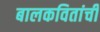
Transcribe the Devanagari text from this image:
बालकवितांची